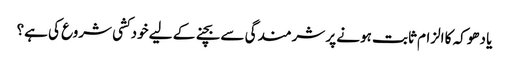
یا دھوکہ کا الزام ثابت ہونے پر شرمندگی سے بچنے کے لیے خودکشی شروع کی ہے؟